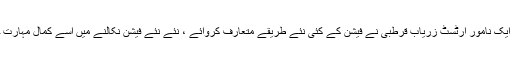
قرطبہ کے ایک نامور آرٹسٹ زریاب قرطبی نے فیشن کے کئی نئے طریقے متعارف کروائے ، نئے نئے فیشن نکالنے میں اُسے کمال مہارت حاصل تھی۔